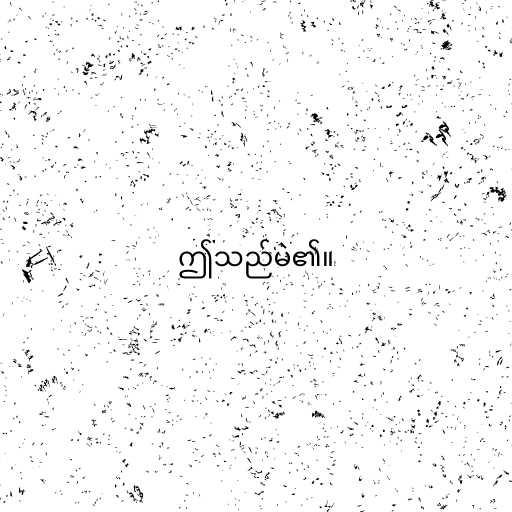
ဤသည်မဲ၏။